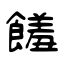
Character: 饈